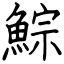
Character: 鯮